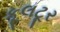
કૂલટૂર